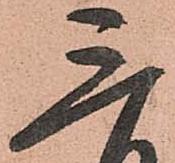
三